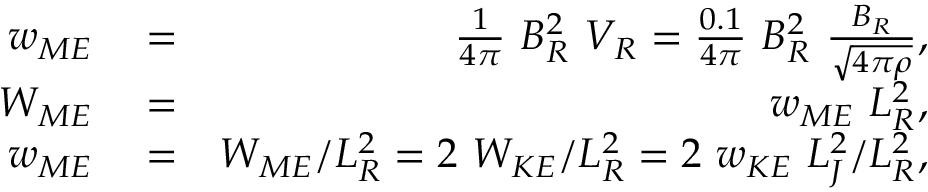
\begin{array} { r l r } { w _ { M E } } & { { } = } & { \frac { 1 } { 4 \pi } \ B _ { R } ^ { 2 } \ V _ { R } = \frac { 0 . 1 } { 4 \pi } \ B _ { R } ^ { 2 } \ \frac { B _ { R } } { \sqrt { 4 \pi \rho } } , } \\ { W _ { M E } } & { { } = } & { w _ { M E } \ L _ { R } ^ { 2 } , } \\ { w _ { M E } } & { { } = } & { W _ { M E } / L _ { R } ^ { 2 } = 2 \ W _ { K E } / L _ { R } ^ { 2 } = 2 \ w _ { K E } \ L _ { J } ^ { 2 } / L _ { R } ^ { 2 } , } \end{array}